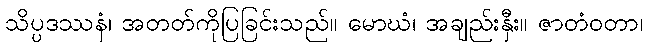
သိပ္ပဒဿနံ၊ အတတ်ကိုပြခြင်းသည်။ မောဃံ၊ အချည်းနှီး။ ဇာတံဝတာ၊